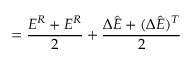
= \frac { E ^ { R } + E ^ { R } } { 2 } + \frac { \Delta \hat { E } + ( \Delta \hat { E } ) ^ { T } } { 2 }